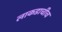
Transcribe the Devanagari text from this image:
लाकडाचीच